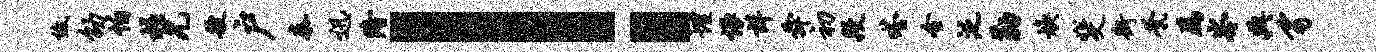
低劭怕柱兄艘户秦迅隆！埋恨详舜初段嗒全泛勒焕斐街茕为岑典豸